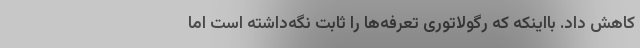
کاهش داد. بااینکه که رگولاتوری تعرفه‌ها را ثابت نگه‌داشته است اما